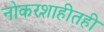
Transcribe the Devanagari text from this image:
नोकरशाहीतही